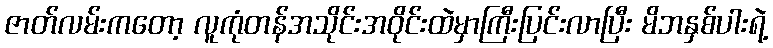
ဇာတ်လမ်းကတော့ လူကုံတန်အသိုင်းအဝိုင်းထဲမှာကြီးပြင်းလာပြီး မိဘနှစ်ပါးရဲ့